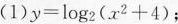
(1)$$y = l o g _ { 2 } ( x ^ { 2 } + 4 )$$；